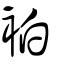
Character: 袙